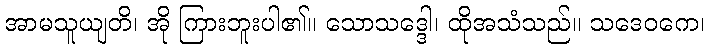
အာမသူယျတိ၊ အို ကြားဘူးပါ၏။ သောသဒ္ဒေါ၊ ထိုအသံသည်။ သဒေဝကေ၊